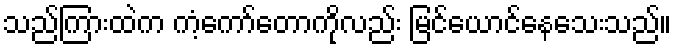
သည်ကြားထဲက ကံ့ကော်တောကိုလည်း မြင်ယောင်နေသေးသည်။